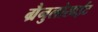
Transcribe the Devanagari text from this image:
ग्रैनुलोसाईट